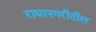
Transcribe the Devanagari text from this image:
राधानगरीतील